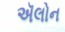
ઍલોન